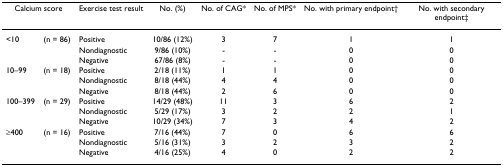
| <COLSPAN=2> Calcium score | Exercise test result | No. (%) | No. of CAG* | No. of MPS* | No. with primary endpoint† | No. with secondary endpoint‡ |
 | --- | --- | --- | --- | --- | --- | --- | --- |
 | <10 | (n = 86) | Positive | 10/86 (12%) | 3 | 7 | 1 | 1 |
 |  |  | Nondiagnostic | 9/86 (10%) | - | - | 0 | 0 |
 |  |  | Negative | 67/86 (8%) | - | - | 0 | 0 |
 | 10–99 | (n = 18) | Positive | 2/18 (11%) | 1 | 1 | 0 | 0 |
 |  |  | Nondiagnostic | 8/18 (44%) | 4 | 4 | 0 | 0 |
 |  |  | Negative | 8/18 (44%) | 2 | 6 | 0 | 0 |
 | 100–399 | (n = 29) | Positive | 14/29 (48%) | 11 | 3 | 6 | 2 |
 |  |  | Nondiagnostic | 5/29 (17%) | 3 | 2 | 2 | 1 |
 |  |  | Negative | 10/29 (34%) | 7 | 3 | 4 | 2 |
 | ≥400 | (n = 16) | Positive | 7/16 (44%) | 7 | 0 | 6 | 6 |
 |  |  | Nondiagnostic | 5/16 (31%) | 3 | 2 | 3 | 2 |
 |  |  | Negative | 4/16 (25%) | 4 | 0 | 2 | 2 |